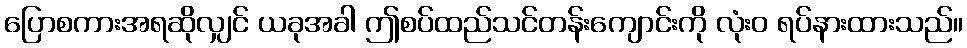
ပြောစကားအရဆိုလျှင် ယခုအခါ ဤစပ်ထည်သင်တန်းကျောင်းကို လုံးဝ ရပ်နားထားသည်။